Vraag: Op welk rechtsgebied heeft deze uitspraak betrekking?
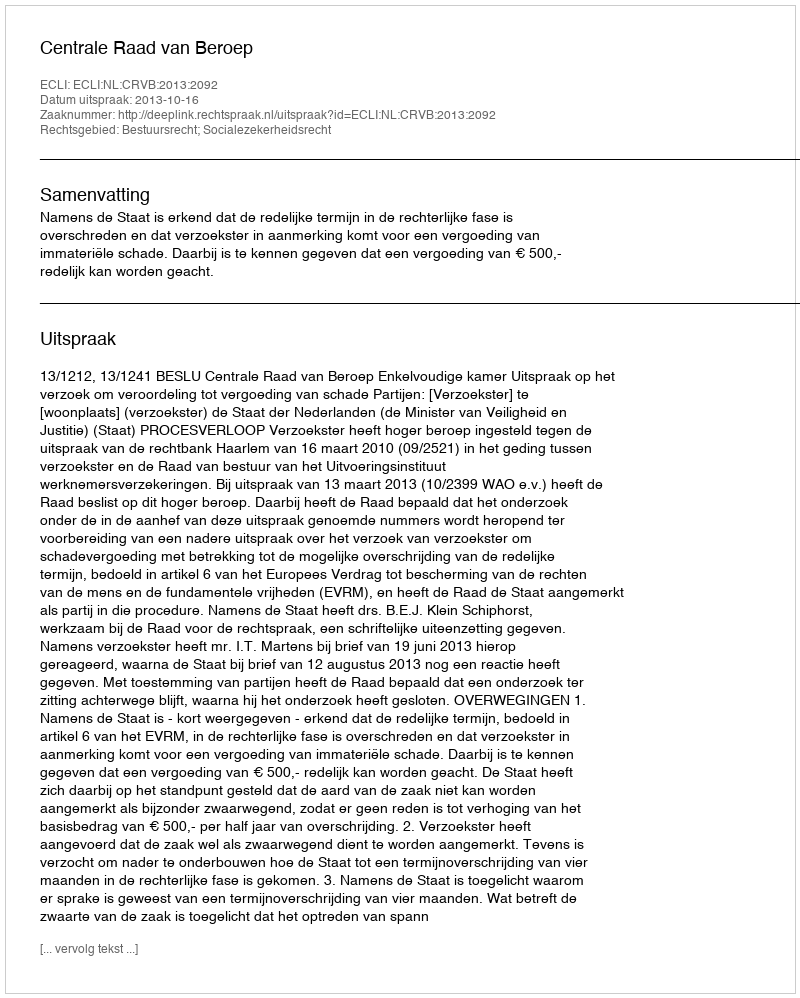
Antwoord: Bestuursrecht; Socialezekerheidsrecht